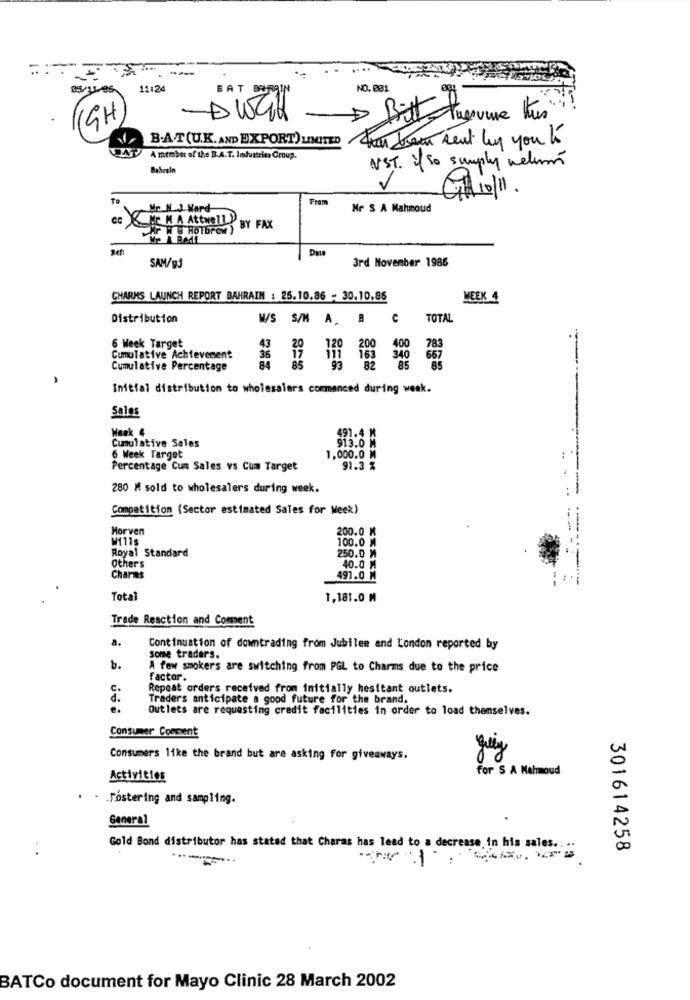
11:24
BAT BAHRAIN
NO. 031
9H
Bitt tagumve tus
B.AT (U.K. AND EXPORT) LIMITED That been sent by you Ko
A member of the B.A.T. Industrin Group.
Bahrain
NST. if so simply welimón
To
Gil10/1.
Mr N.J. Ward
Hr S A Mahmoud
CC Mr M A Attwell)
Kr W & HOTbrow) BY FAX
e Bedt
Aet:
3rd November 1986
SAM/gJ
CHARMS LAUNCH REPORT BAHRAIN : 25.10.86 - 30.10.86
WEEK 4
Distribution
W/S S/M A. B
C
TOTAL
6 Week Target
43
20
200
400
783
Cumulative Achievement
36
85
163
340
657
Cumulative Percentage
84
93
82
85
85
Initial distribution to wholesalers commenced during week.
Sales
Week 4
491.4 M
Cumulative Sales
913.0 M
6 Week Target
1.000.0 M
Percentage Cum Sales vs Cum Target
91.3 %
...
280 M sold to wholesalers during week.
Competition (Sector estimated Sales for Week)
Morven
200.0 M
W111s
100.0 M
Royal Standard
250.0 M
Other's
40.0 M
Charms
491.0 M
--
Total
1,181.0 M
Trade Reaction and Comment
a.
Continuation of downtrading from Jubilee and London reported by
some traders.
b.
A few smokers are switching from PGL to Charms due to the price
factor.
c.
Repeat orders received from initially hesitant outlets.
Traders anticipate a good future for the brand.
e.
Outlets are requesting credit facilities in order to load themselves.
Consumer Comment
Consumers like the brand but are asking for giveaways.
for S A Malmmoud
Activities
. . . Fostering and sampling.
General
Gold Bond distributor has stated that Charas has lead to a decrease in his sales ...
301614258
BATCo document for Mayo Clinic 28 March 2002